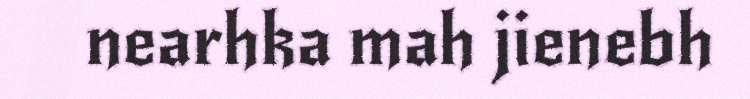
nearhka mah jienebh